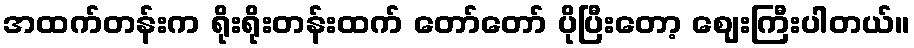
အထက်တန်းက ရိုးရိုးတန်းထက် တော်တော် ပိုပြီးတော့ ဈေးကြီးပါတယ်။